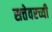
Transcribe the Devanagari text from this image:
सत्तेवरच्यी